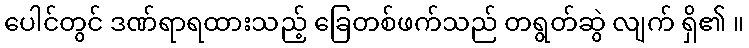
ပေါင်တွင် ဒဏ်ရာရထားသည့် ခြေတစ်ဖက်သည် တရွတ်ဆွဲ လျက် ရှိ၏ ။